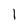
Character: l